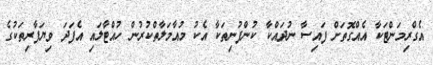
އެގްރިމަންޓަކާ އެއްގޮތަށް ފައިސާ ނުދައްކާ ކުންފުނިތަކާ އެކު މުއާމަލާތްކުރުން ހުއްޓާލައި އެފަދަ ވިޔަފާރިތަކުގެ